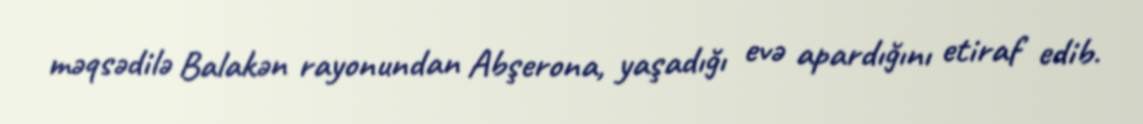
məqsədilə Balakən rayonundan Abşerona, yaşadığı evə apardığını etiraf edib.